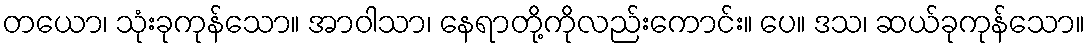
တယော၊ သုံးခုကုန်သော။ အာဝါသာ၊ နေရာတို့ကိုလည်းကောင်း။ ပေ။ ဒသ၊ ဆယ်ခုကုန်သော။